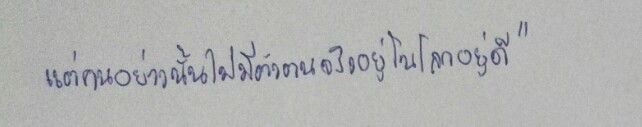
แต่คนอย่างนั้นไม่มีตัวตนจริงอยู่ในโลกอยู่ดี"